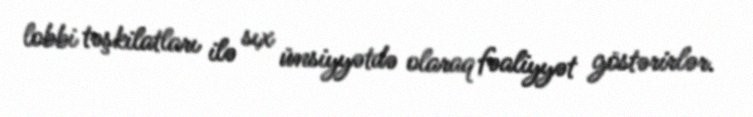
lobbi təşkilatları ilə sıx ünsiyyətdə olaraq fəaliyyət göstərirlər.